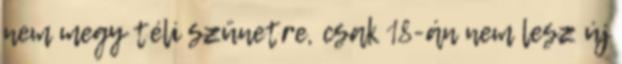
nem megy téli szünetre, csak 18-án nem lesz új